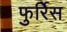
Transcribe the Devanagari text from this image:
फुर्रिेस